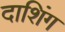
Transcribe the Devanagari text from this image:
दाशिंग